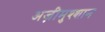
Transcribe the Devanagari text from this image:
अज़ीमुश्शान